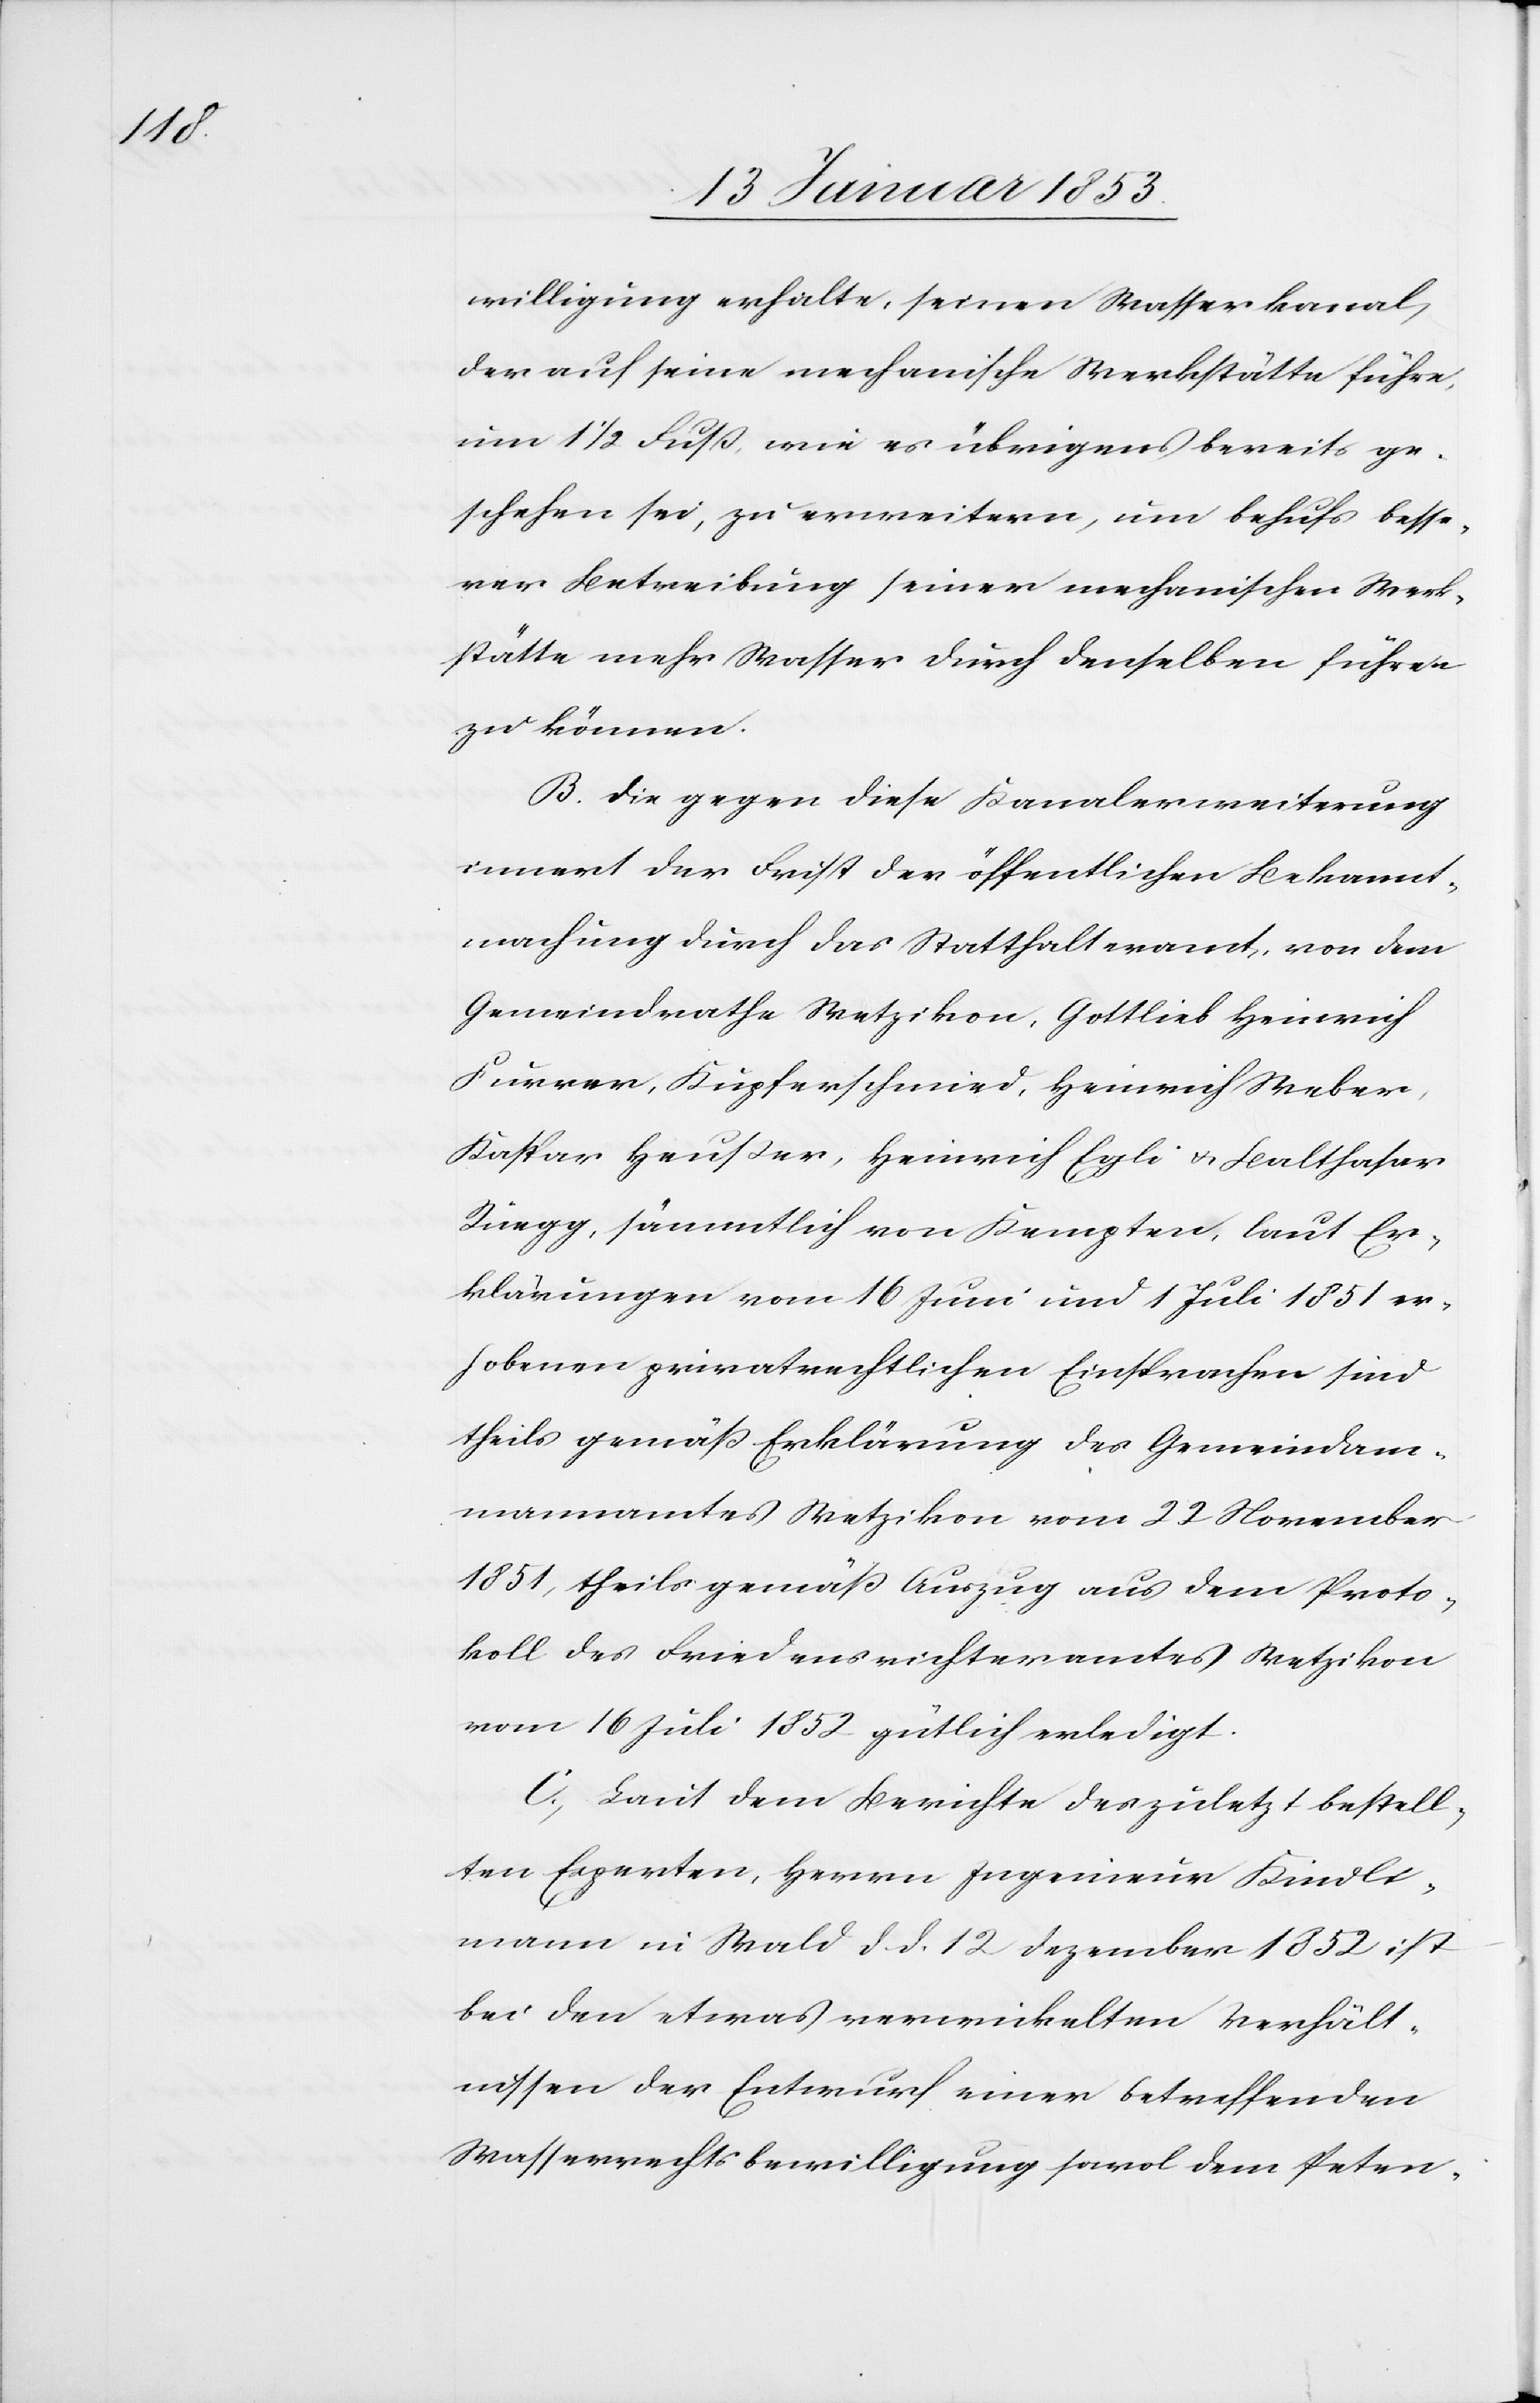
willigung erhalte, seinen Wasserkanal,
der auf seine mechanische Werkstätte führe,
um 1 1/2. Fuß, wie es übrigens bereits ge¬
schehen sei, zu erweitern, um behufs besse¬
rer Betreibung seiner mechanischen Werk¬
stätte mehr Wasser durch denselben führen
zu können.
B. Die gegen diese Kanalerweiterung
innert der Frist der öffentlichen Bekannt¬
machung durch das Statthalteramt von dem
Gemeindrathe Wetzikon, Gottlieb Heinrich
Furrer, Kupferschmied, Heinrich Weber,
Kaspar Hauser, Heinrich Egli u. Balthasar
Rüegg, sämmtlich von Kempten, laut Er¬
klärungen vom 16 Juni und 1 Juli 1851 er¬
hobenen privatrechtlichen Einsprachen sind
theils gemäß Erklärung des Gemeindam¬
mannamtes Wetzikon vom 22 November
1851, theils gemäß Auszug aus dem Proto¬
koll des Friedensrichtersamtes Wetzikon
vom 16 Juli 1852 gütlich erledigt.
C. Laut dem Berichte des zuletzt bestell¬
ten Experten, Herrn Ingenieur Kindli¬
mann in Wald d. d. 12 Dezember 1852 ist
bei den etwas verwickelten Verhält¬
nissen der Entwurf einer betreffenden
Strassenrechtsbewilligung sowol dem Peten-